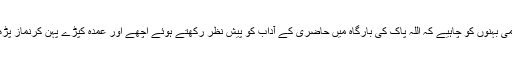
اسلامی بہنوں کو چاہیے کہ اللہ پاک کی بارگاہ میں حاضِری کے آداب کو پیشِ نظر رکھتے ہوئے اچھے اور عُمدہ کپڑے پہن کرنماز پڑھیں ۔